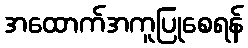
အထောက်အကူပြုစေရန်